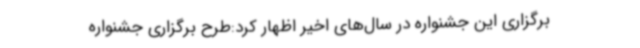
برگزاری این جشنواره در سال‌های اخیر اظهار کرد:طرح برگزاری جشنواره